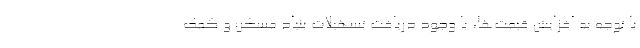
با توجه به افزایش قیمت‌ها، با وجود دریافت تسهیلات بنیاد مسکن و کمک